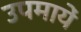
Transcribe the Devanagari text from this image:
उपमायें